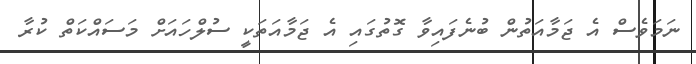
ނަމަވެސް އެ ޖަމާއަތުން ބުނެފައިވާ ގޮތުގައި އެ ޖަމާއަތަކީ ސުލްހައަށް މަސައްކަތް ކުރާ